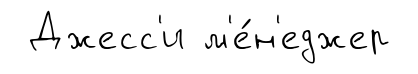
Джесс'и м'е́н'еджер